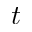
t